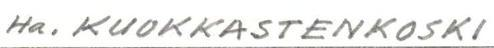
Ha. KUOKKASTENKOSKI